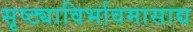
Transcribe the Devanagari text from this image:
सृष्ट्याविर्भावमासाद्य